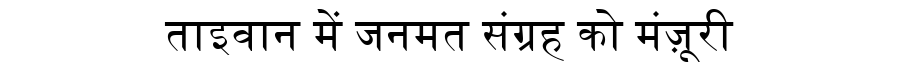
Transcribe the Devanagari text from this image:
ताइवान में जनमत संग्रह को मंज़ूरी